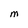
Character: M